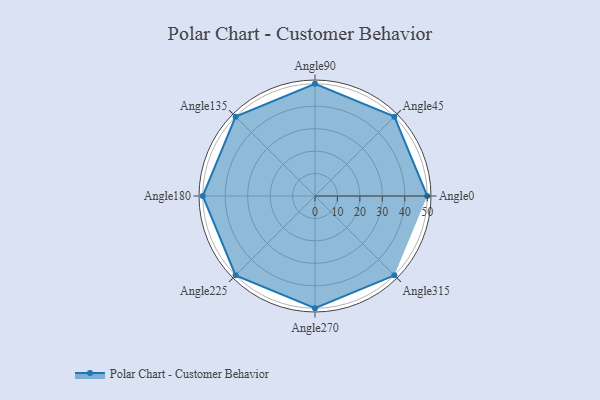
{"axis": {"x": "Angle", "y": "Radius"}, "legend": [""], "data": [{"x": "Angle0", "y": 50, "type": ""}, {"x": "Angle45", "y": 50, "type": ""}, {"x": "Angle90", "y": 50, "type": ""}, {"x": "Angle135", "y": 50, "type": ""}, {"x": "Angle180", "y": 50, "type": ""}, {"x": "Angle225", "y": 50, "type": ""}, {"x": "Angle270", "y": 50, "type": ""}, {"x": "Angle315", "y": 50, "type": ""}]}